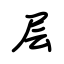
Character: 层